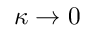
\kappa \rightarrow 0